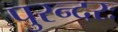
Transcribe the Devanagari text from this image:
पुरन्दरः